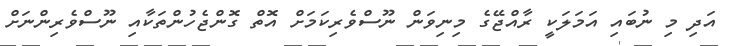
އަދި މި ނުބައި އަމަލަކީ ރާއްޖޭގެ މިނިވަން ނޫސްވެރިކަމަށް އޮތް ގޮންޖެހުންތަކާއި ނޫސްވެރިންނަށް